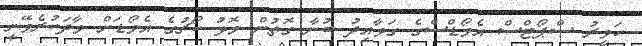
ހަވީރު ސްޕޯޓްސް އެވޯޑްސްގެ ގަވާއިދު ބުނާ ގޮތުން މޮޅު ކޯޗުގެ އެވޯޑަށް ވާދަކުރެވޭނީ